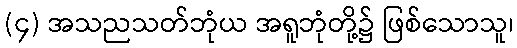
(၄) အသညသတ်ဘုံယ အရူဘုံတို့၌ ဖြစ်သောသူ၊